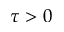
\tau > 0